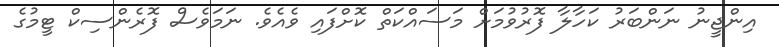
އިންޖީނު ނަންބަރު ކަހާލާ ފޮރުވުމަށް މަސައްކަތް ކޮށްފައި ވެއެވެ. ނަމަވެސް ފޮރެންސިކް ޓީމުގެ